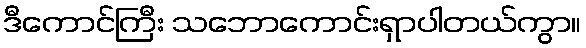
ဒီကောင်ကြီး သဘောကောင်းရှာပါတယ်ကွာ။